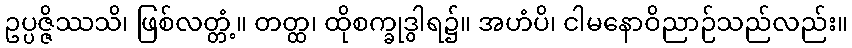
ဥပ္ပဇ္ဇိဿသိ၊ ဖြစ်လတ္တံ့။ တတ္ထ၊ ထိုစက္ခုဒွါရ၌။ အဟံပိ၊ ငါမနောဝိညာဉ်သည်လည်း။